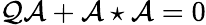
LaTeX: {\cal Q}\mathcal{A}+\mathcal{A}\star\mathcal{A}=0